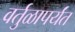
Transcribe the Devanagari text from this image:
वर्तुळापर्यंत